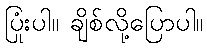
ပြုံးပါ။ ချိစ်လို့ပြောပါ။